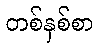
တစ်နှစ်စာ